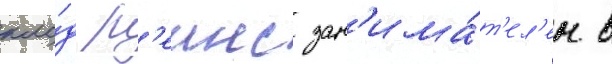
кло́д р'еинс зан'има́т'ел'ен в